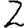
Digit: 2